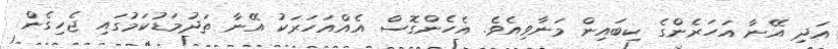
އަދި އޭނާ އަހަރެންގެ ކިބައިން މަނާވިއެވެ. އެހެންގޮސް އެއްއަހަރަކު އޭނާ ތަދުމަޑުކަމުގައި ޖެހިގެން